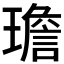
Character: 𪼤